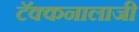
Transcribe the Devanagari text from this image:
टॅक्कनालाजी